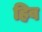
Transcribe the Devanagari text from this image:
हिव